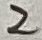
Text: 2